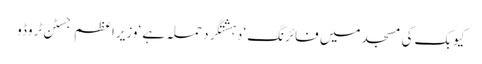
کیوبک کی مسجد میں فائرنگ ‘دہشتگرد حملہ ہے ‘وزیراعظم جسٹن ٹروڈو